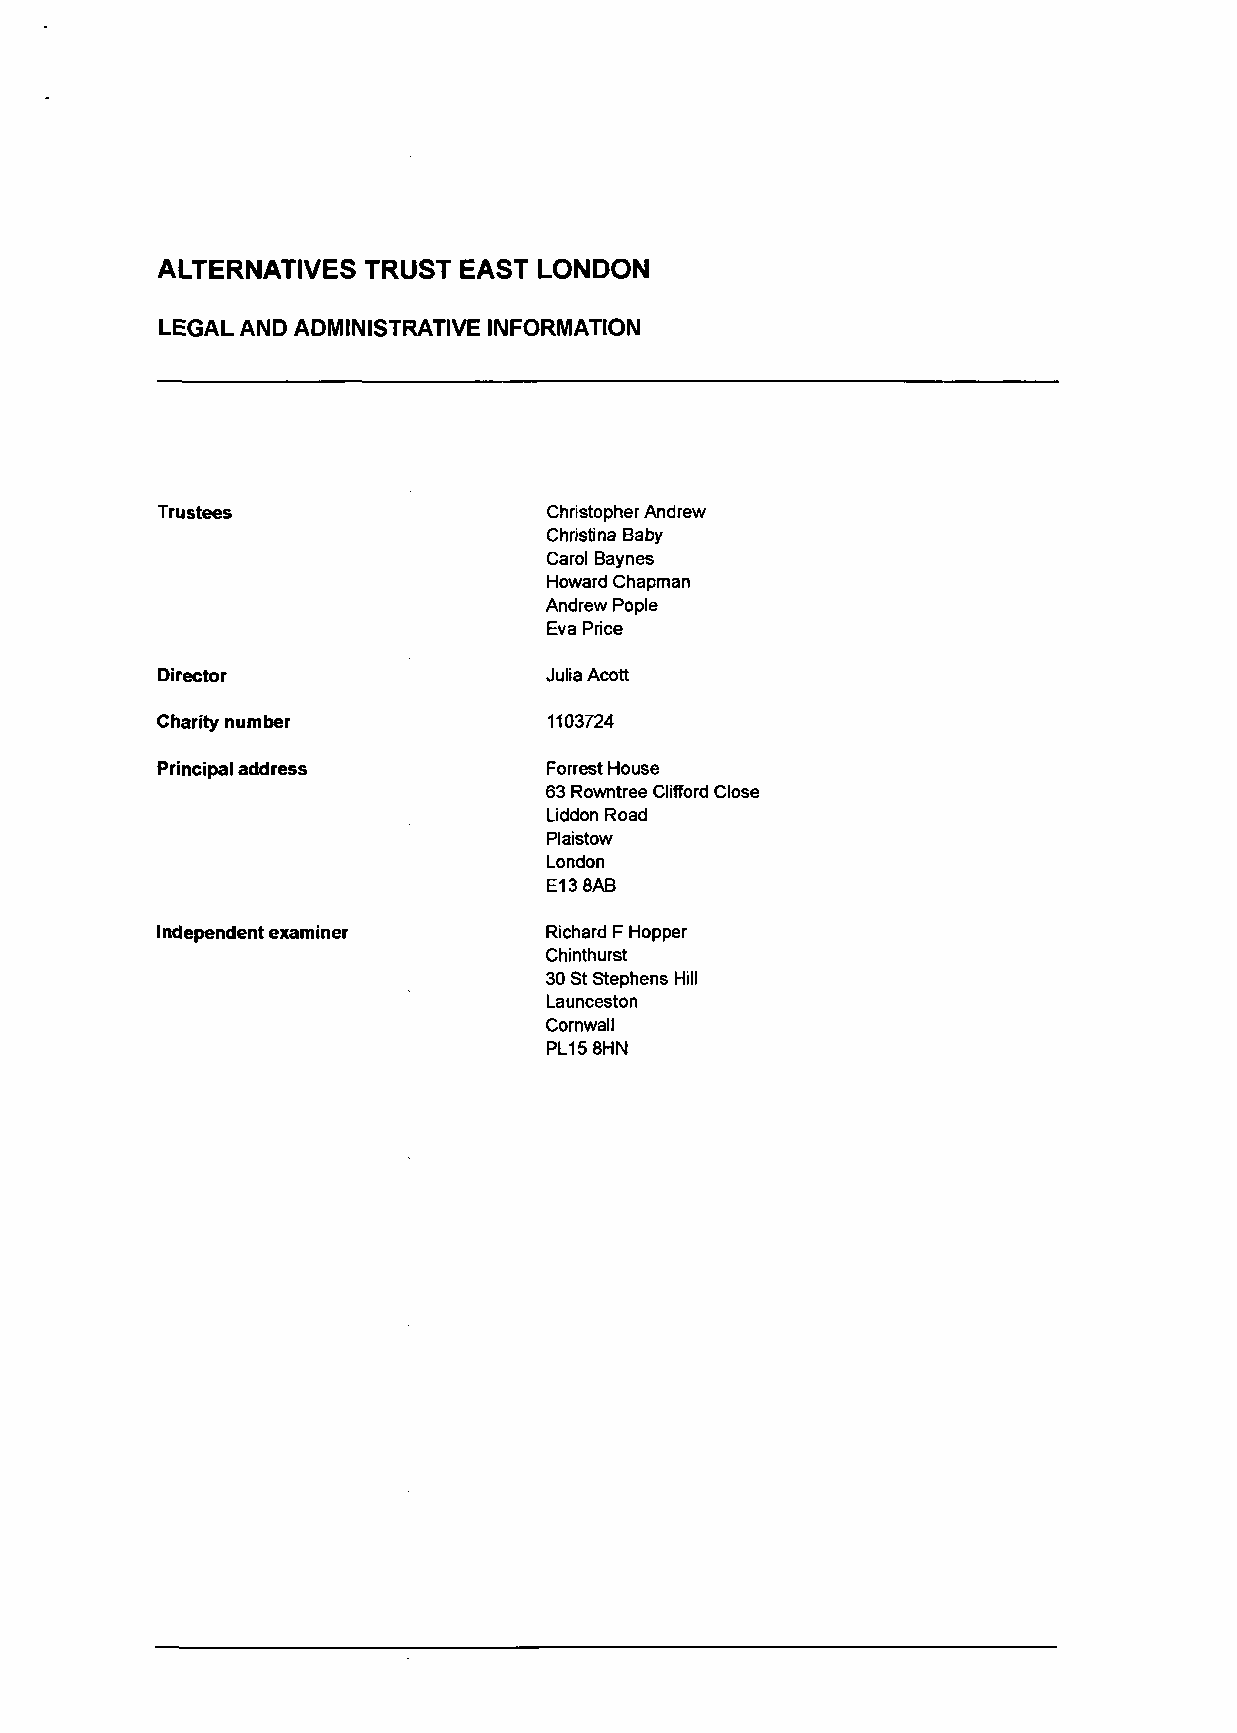
ALTERNATIVES  TRUST  EAST LONDON
 LEGAL AND ADMINISTRATIVE INFORMATION
 Trustees                  Christopher Andrew
 Christina Baby
 Carol Baynes
 Howard Chapman
 Andrew Pople
 Eva Price
 Director                  Julia Acott
 Charity number            1103724
 Principal address         Forrest House
 63 Rowntree Clifford Close
 Liddon Road
 Plaistow
 London
 E13 8AB
 Independent examiner      Richard F Hopper
 Chinthurst
 30 St Stephens Hill
 Launceston
 Cornwall
 PL15 8HN